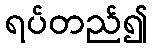
ရပ်တည်၍